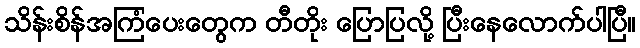
သိန်းစိန်အကြံပေးတွေက တီတိုး ပြောပြလို့ ပြီးနေလောက်ပါပြီ။